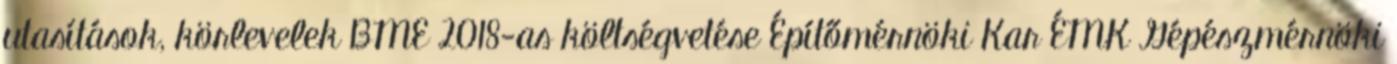
utasítások, körlevelek BME 2018-as költségvetése Építőmérnöki Kar ÉMK Gépészmérnöki